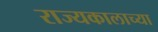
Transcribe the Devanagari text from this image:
राज्यकालाच्या